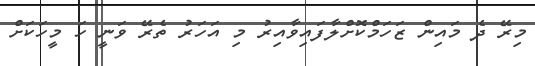
މިރޭ ދެ މައިން ޒަހަމްކޮށްލާފައިވާއިރު މި އަހަރު ތެރޭ ވަނީ ހަ މީހަކަށް